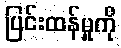
ပြင်းထန်မှုကို